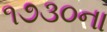
૧૭૩૦ના